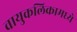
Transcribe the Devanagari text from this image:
वायुकलिकामध्ये